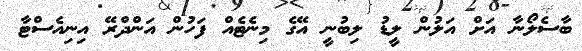
ބާސެލޯނާ އަށް އަލުން ލީޑު ލިބުނީ އޭގެ މިނެޓެއް ފަހުން އަންދްރޭ އިނިއެސްޓާ